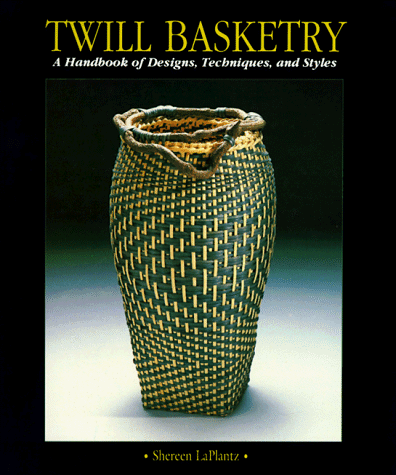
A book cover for Twill Basketry: A Handbook of Designs Techniques, and Styles; Shereen La Plantz; Crafts, Hobbies & Home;